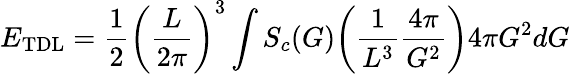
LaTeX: E_{\mathrm{TDL}}=\frac{1}{2}\bigg(\frac{L}{2\pi}\bigg)^{3}\int S_{c}(G)\bigg(\frac{1}{L^{3}}\frac{4\pi}{G^{2}}\bigg)4\pi G^{2}dG